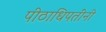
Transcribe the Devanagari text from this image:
पीठाधिपतींनी